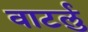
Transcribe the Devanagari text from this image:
वाटर्लु